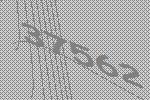
37562